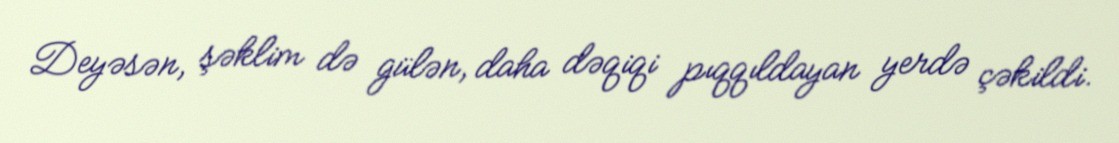
Deyəsən, şəklim də gülən, daha dəqiqi pıqqıldayan yerdə çəkildi.